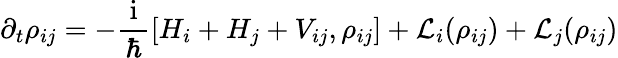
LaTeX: \partial_{t}{\rho}_{ij}=-\frac{\mathrm{~i~}}{\hbar}[{H}_{i}+{H}_{j}+{V}_{ij},{\rho}_{ij}]+\mathcal{L}_{i}({\rho}_{ij})+\mathcal{L}_{j}({\rho}_{ij})